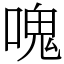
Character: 𠺌